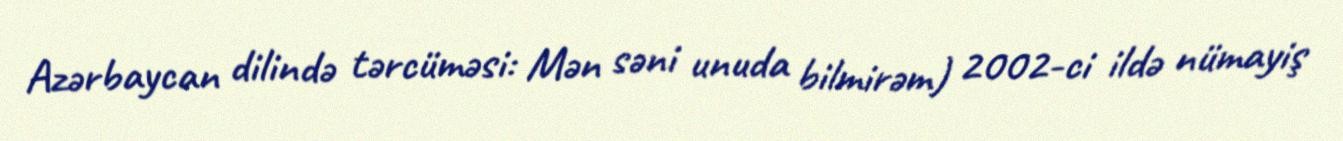
Azərbaycan dilində tərcüməsi: Mən səni unuda bilmirəm) 2002-ci ildə nümayiş